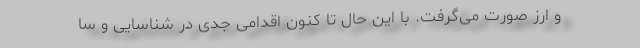
و ارز صورت می‌گرفت. با این حال تا کنون اقدامی جدی در شناسایی و سا